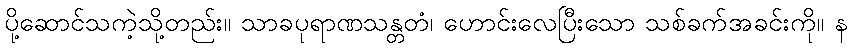
ပို့ဆောင်သကဲ့သို့တည်း။ သာခပုရာဏသန္တတံ၊ ဟောင်းလေပြီးသော သစ်ခက်အခင်းကို။ န